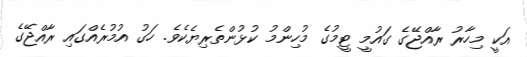
އަކީ މިހާރު ރާއްޖޭގެ ގައުމީ ޓީމުގެ މުހިންމު ކުޅުންތެރިޔެކެވެ. ހަގު އުމުރެއްގައި ރާއްޖޭގެ